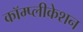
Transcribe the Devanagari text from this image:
कॉम्प्लीकेशन